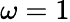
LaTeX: \omega=1